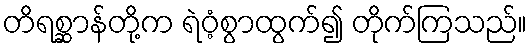
တိရစ္ဆာန်တို့က ရဲဝံ့စွာထွက်၍ တိုက်ကြသည်။